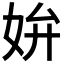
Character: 𡛞